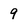
Character: 9